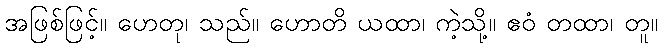
အဖြစ်ဖြင့်။ ဟေတု၊ သည်။ ဟောတိ ယထာ၊ ကဲ့သို့။ ဧဝံ တထာ၊ တူ။